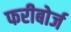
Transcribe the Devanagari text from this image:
फरीबोर्ज